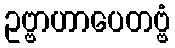
ဥဗ္ဗာဟာပေတဗ္ဗံ